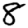
Digit: 8